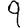
Digit: 9